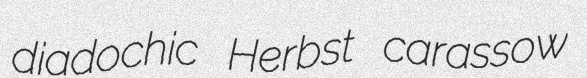
diadochic Herbst carassow